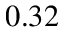
0 . 3 2